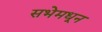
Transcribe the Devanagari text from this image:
सभेमधून